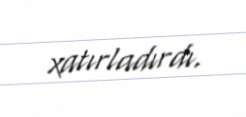
xatırladırdı.